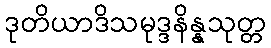
ဒုတိယာဒိသမုဒ္ဒနိန္နသုတ္တ